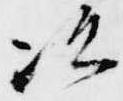
次